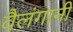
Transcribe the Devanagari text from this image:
वैलंगानी